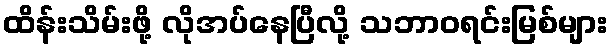
ထိန်းသိမ်းဖို့ လိုအပ်နေပြီလို့ သဘာဝရင်းမြစ်များ